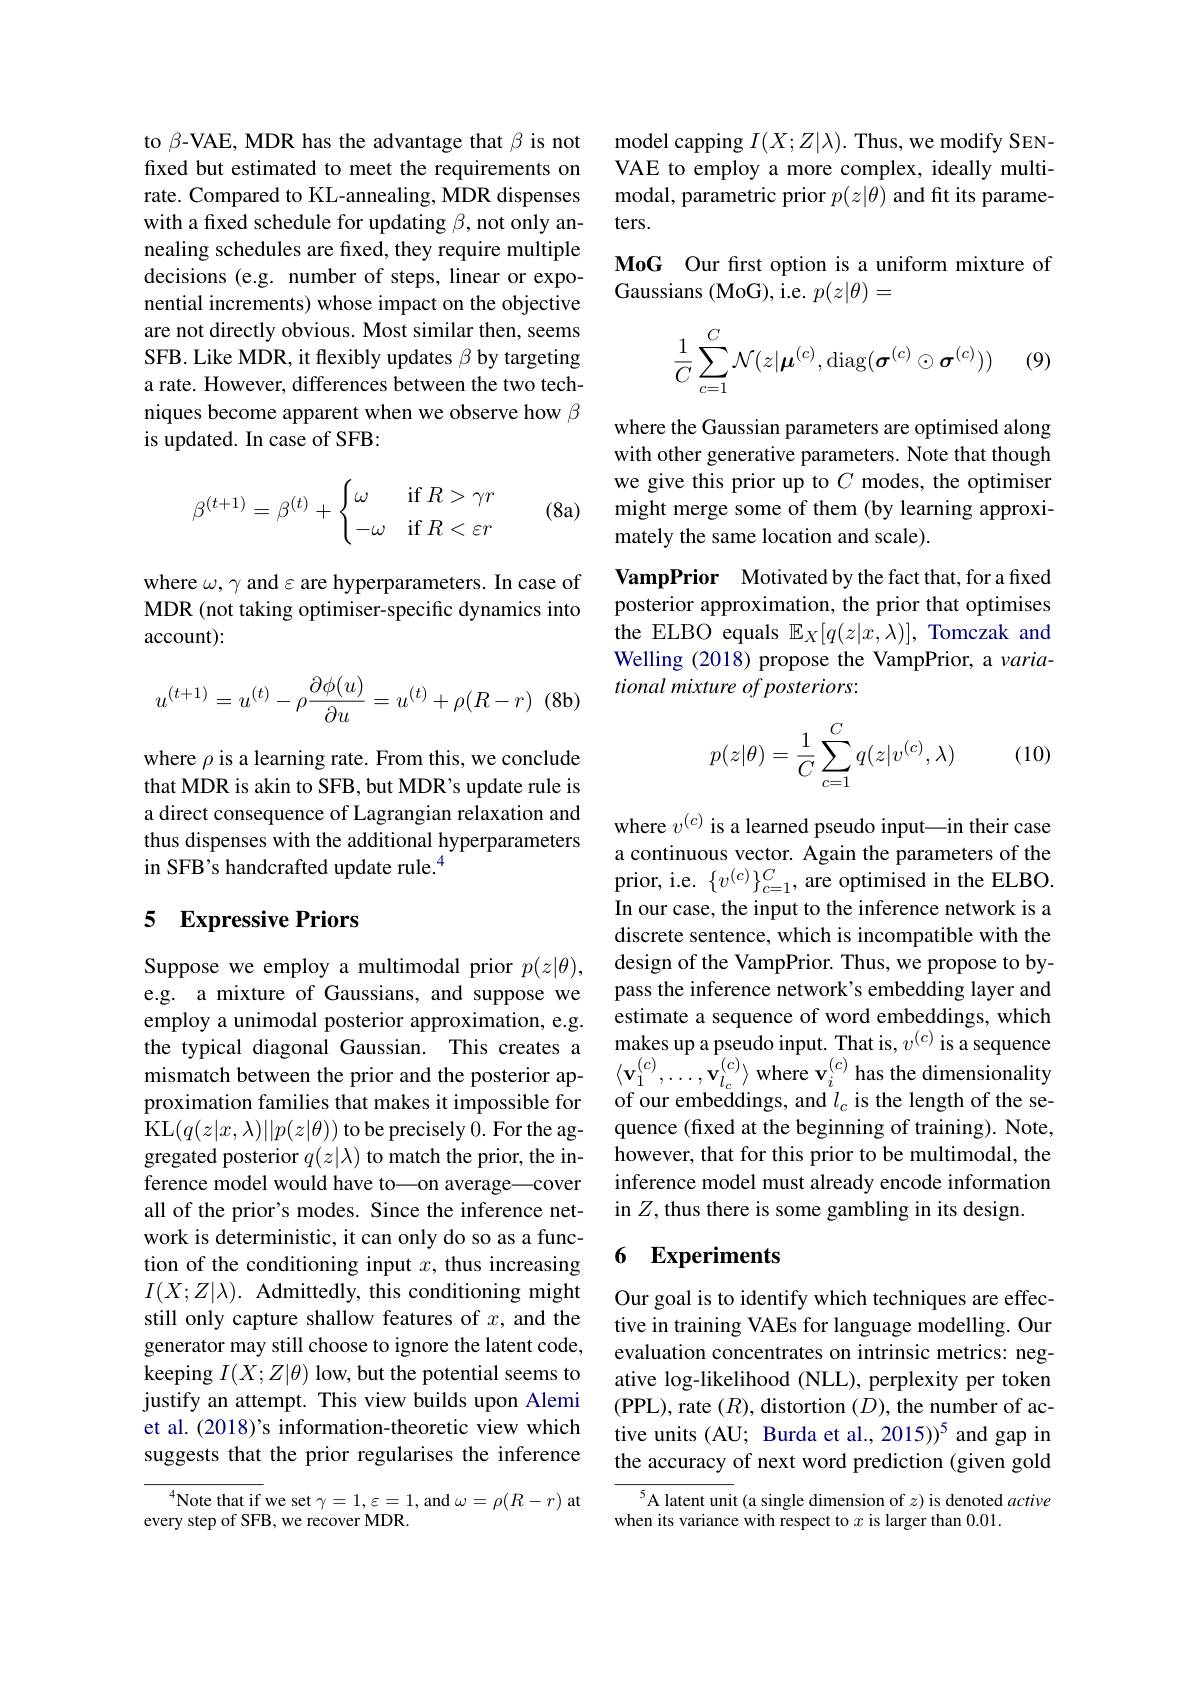
to β-VAE, MDR has the advantage that $\beta$ is not fixed but estimated to meet the requirements on rate. Compared to KL-annealing, MDR dispenses with a fixed schedule for updating $\beta$,not only annealing schedules are fixed, they require multiple decisions (e.g. number of steps, linear or exponential increments) whose impact on the objective are not directly obvious. Most similar then, seems SFB. Like MDR, it flexibly updates $\beta$ by targeting a rate. However, differences between the two techniques become apparent when we observe how $\beta$ is updated. In case of SFB:
$$\beta^{(t+1)}=\beta^{(t)}+\begin{cases}\omega&\text{if}R>\gamma r\\-\omega&\text{if}R<\varepsilon r\end{cases}$$
(8a)

where $\omega,\gamma$ and $\varepsilon$ are hyperparameters. In case of MDR (not taking optimiser-specific dynamics into account):
$$\begin{aligned}u^{(t+1)}=u^{(t)}-\rho\frac{\partial\phi(u)}{\partial u}=u^{(t)}+\rho(R-r)\end{aligned}$$
where $\rho$ is a learning rate. From this, we conclude that MDR is akin to SFB, but MDR's update rule is a direct consequence of Lagrangian relaxation and thus dispenses with the additional hyperparameters in SFB's handcrafted update rule.$^{4}$

## 5 Expressive Priors

Suppose we employ a multimodal prior $p(z|\theta)$, e.g. a mixture of Gaussians, and suppose we employ a unimodal posterior approximation, e.g. the typical diagonal Gaussian. This creates a proximation families that makes it impossible for KL$(q(z|x,\lambda)||p(z|\theta))$ to be precisely 0. For the aggregated posterior $q(z|\lambda)$ to match the prior, the inference model would have to\_on average\_cover all of the prior's modes. Since the inference network is deterministic, it can only do so as a function of the conditioning input $x$, thus increasing $I(X;Z|\lambda).$ Admittedly, this conditioning might still only capture shallow features of $x$, and the generator may still choose to ignore the latent code, keeping $I(X;Z|\theta)$ low, but the potential seems to justify an attempt. This view builds upon Alemi et al. (2018)'s information-theoretic view which suggests that the prior regularises the inference

${\overline{{^4}}\text{Note that if}}$we set $\gamma=1,\varepsilon=1$,and $\omega=\rho(R-r)$ at
every step of SFB, we recover MDR.

model capping $I(X;Z|\lambda).$ Thus, we modify SENVAE to employ a more complex, ideally multimodal, parametric prior $p(z|\theta)$ and fits parameters.
MoG Our first option is a uniform mixture of
Gaussians (MoG), i.e. $p(z|\theta)=$
$$\begin{aligned}\frac{1}{C}\sum_{c=1}^{C}\mathcal{N}(z|\boldsymbol{\mu}^{(c)},\mathrm{diag}(\boldsymbol{\sigma}^{(c)}\odot\boldsymbol{\sigma}^{(c)}))\end{aligned}$$
(9)

where the Gaussian parameters are optimised along with other generative parameters. Note that though we give this prior up to $C$ modes, the optimiser might merge some of them (by learning approximately the same location and scale).

VampPrior Motivated by the fact that, for a fixed posterior approximation, the prior that optimises the ELBO equals $\mathbb{E}_X[q(z|x,\lambda)]$, Tomczak and Welling (2018) propose the VampPrior, a variational mixture of posteriors:
$$\begin{aligned}p(z|\theta)=\frac{1}{C}\sum_{c=1}^{C}q(z|v^{(c)},\lambda)\end{aligned}$$
(10)

where $v^{(c)}$ is a learned pseudo input—in their case a continuous vector. Again the parameters of the prior, i.e. $\{v^{(c)}\}_{c=1}^{C}$, are optimised in the ELBO. In our case, the input to the inference network is a discrete sentence, which is incompatible with the design of the VampPrior. Thus, we propose to bypass the inference network's embedding layer and estimate a sequence of word embeddings, which makes up a pseudo input. That is, $v^{(c)}$ is a sequence
mismatch between the prior and the posterior ap- $\langle\mathbf{v}_1^{(c)},\ldots,\mathbf{v}_{l_c}^{(c)}\rangle$ where $\mathbf{v}_i^{(c)}$ has the dimensionality
of our embeddings, and $l_c$ is the length of the sequence (fixed at the beginning of training). Note, however, that for this prior to be multimodal, the inference model must already encode information in $Z$,thus there is some gambling in its design.

### 6 Experiments

Our goal is to identify which techniques are effective in training VAEs for language modelling. Our evaluation concentrates on intrinsic metrics: negative log-likelihood (NLL), perplexity per token (PPL), rate $(R)$, distortion $(D)$, the number of active units (AU; Burda et al., 2015))$^{5}$ and gap in the accuracy of next word prediction (given gold

$^{5}$A latent unit (a single dimension of $z)$ is denoted active
when its variance with respect to $x$ is larger than 0.01.